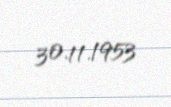
30.11.1953